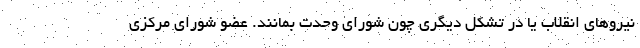
نیروهای انقلاب یا در تشکل دیگری چون شورای وحدت بمانند. عضو شورای مرکزی